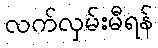
လက်လှမ်းမီရန်